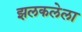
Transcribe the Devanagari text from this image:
झलकलेला